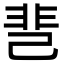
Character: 䨽